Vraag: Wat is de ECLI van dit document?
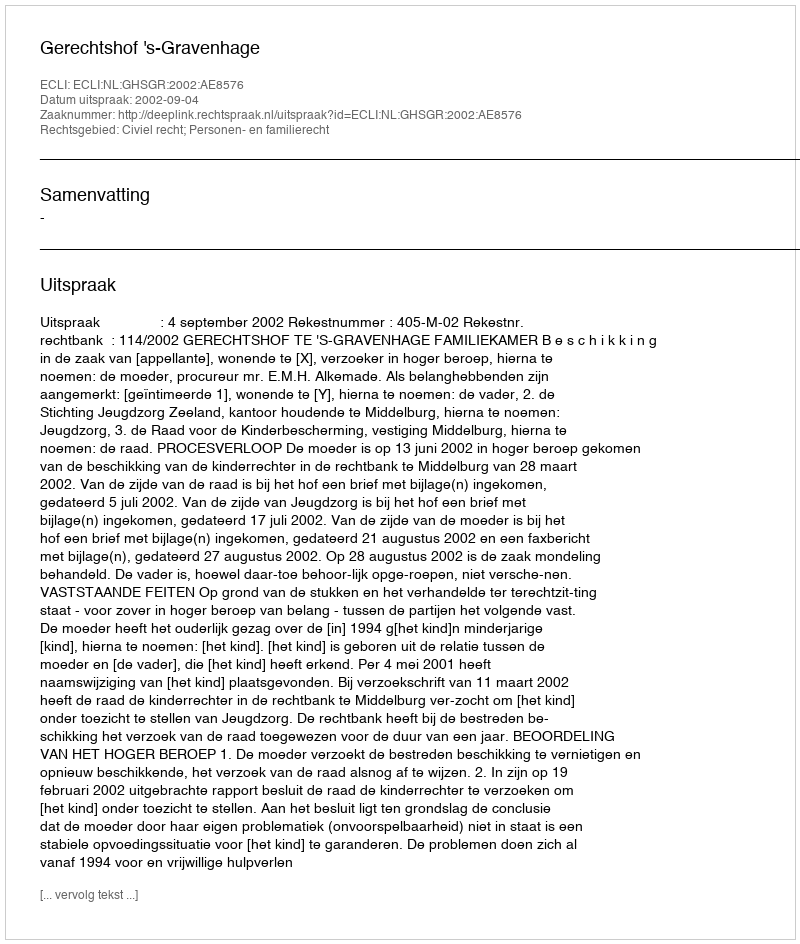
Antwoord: ECLI:NL:GHSGR:2002:AE8576